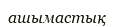
ашымастық